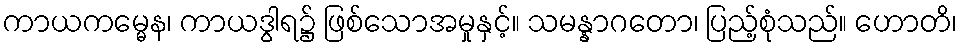
ကာယကမ္မေန၊ ကာယဒွါရ၌ ဖြစ်သောအမှုနှင့်။ သမန္နာဂတော၊ ပြည့်စုံသည်။ ဟောတိ၊